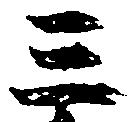
三